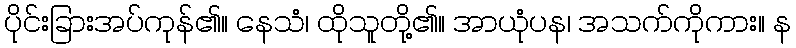
ပိုင်းခြားအပ်ကုန်၏။ နေသံ၊ ထိုသူတို့၏။ အာယုံပန၊ အသက်ကိုကား။ န